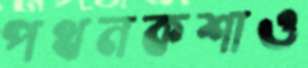
পথনকশাও